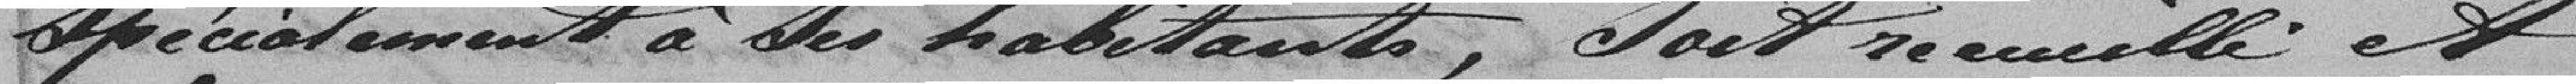
spécialement à ses habitants, soit recueilli et